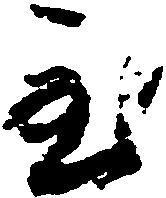
至